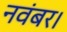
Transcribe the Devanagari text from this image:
नवंबर।